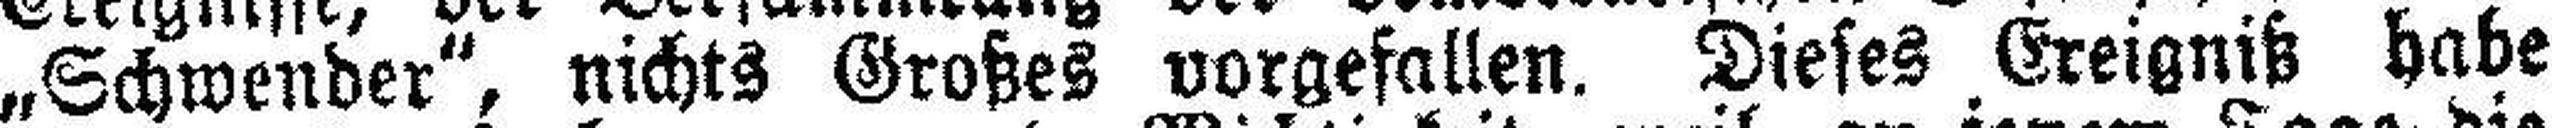
„Schwender“, nichts Großes vorgefallen. Dieses Ereigniß habe